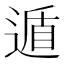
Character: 遁